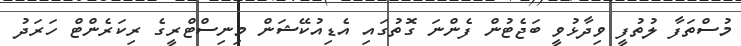
މުސްތަފާ ލުތުފީ ވިދާޅުވީ ބަޖެޓުން ފެންނަ ގޮތުގައި އެޑިއުކޭޝަން މިނިސްޓްރީގެ ރިކަރެންޓް ހަރަދު